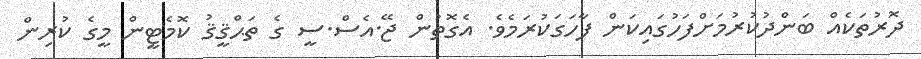
ދޮރުތަކެއް ބަންދުކުރުމަށްފަހުގައިކަން ފާހަގަކުރަމެވެ. އެގޮތުން ޖޭ.އެސް.ސީ ގެ ތަޙްޤީޤު ކޮމެޓީން މީގެ ކުރިން